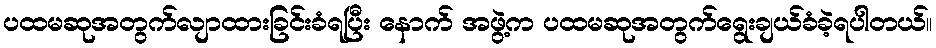
ပထမဆုအတွက်လျာထားခြင်းခံရပြီး နောက် အဖွဲ့က ပထမဆုအတွက်ရွေးချယ်ခံခဲ့ရပါတယ်။